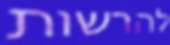
להרשות